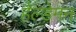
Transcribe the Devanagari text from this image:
हैल्डेमन